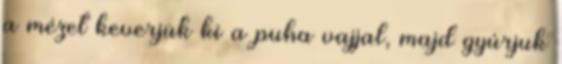
a mézet keverjük ki a puha vajjal, majd gyúrjuk